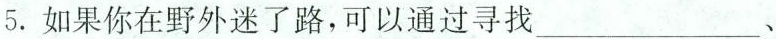
5.如果你在野外迷了路，可以通过寻找___、